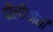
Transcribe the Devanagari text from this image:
पौलीफोनी